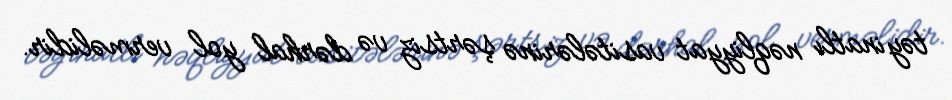
təyinatlı nəqliyyat vasitələrinə şərtsiz və dərhal yol verməlidir.